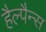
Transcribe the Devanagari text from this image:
हैल्पैन्स